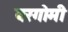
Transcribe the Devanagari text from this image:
बरगोमी